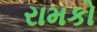
રામકો